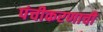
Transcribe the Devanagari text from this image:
पंचीकरणाची